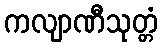
ကလျာဏီသုတ္တံ